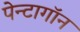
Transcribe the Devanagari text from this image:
पेन्टागॉन